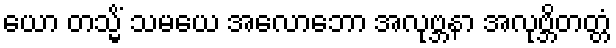
ယော တသ္မိံ သမယေ အလောဘော အလုဗ္ဘနာ အလုဗ္ဘိတတ္တံ